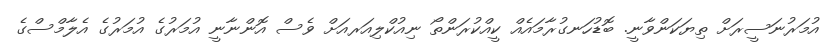
އުމަރުނަސީރަށް ތިޔަކަންވާނީ. ބޮޑުހަނގުރާމައެއް ކީއްކުރަންތޯ ނިއުކްލިއަރއަށް ވެސް އޮންނާނީ އުމަރުގެ އުމަރުގެ އެލާމްސްގެ